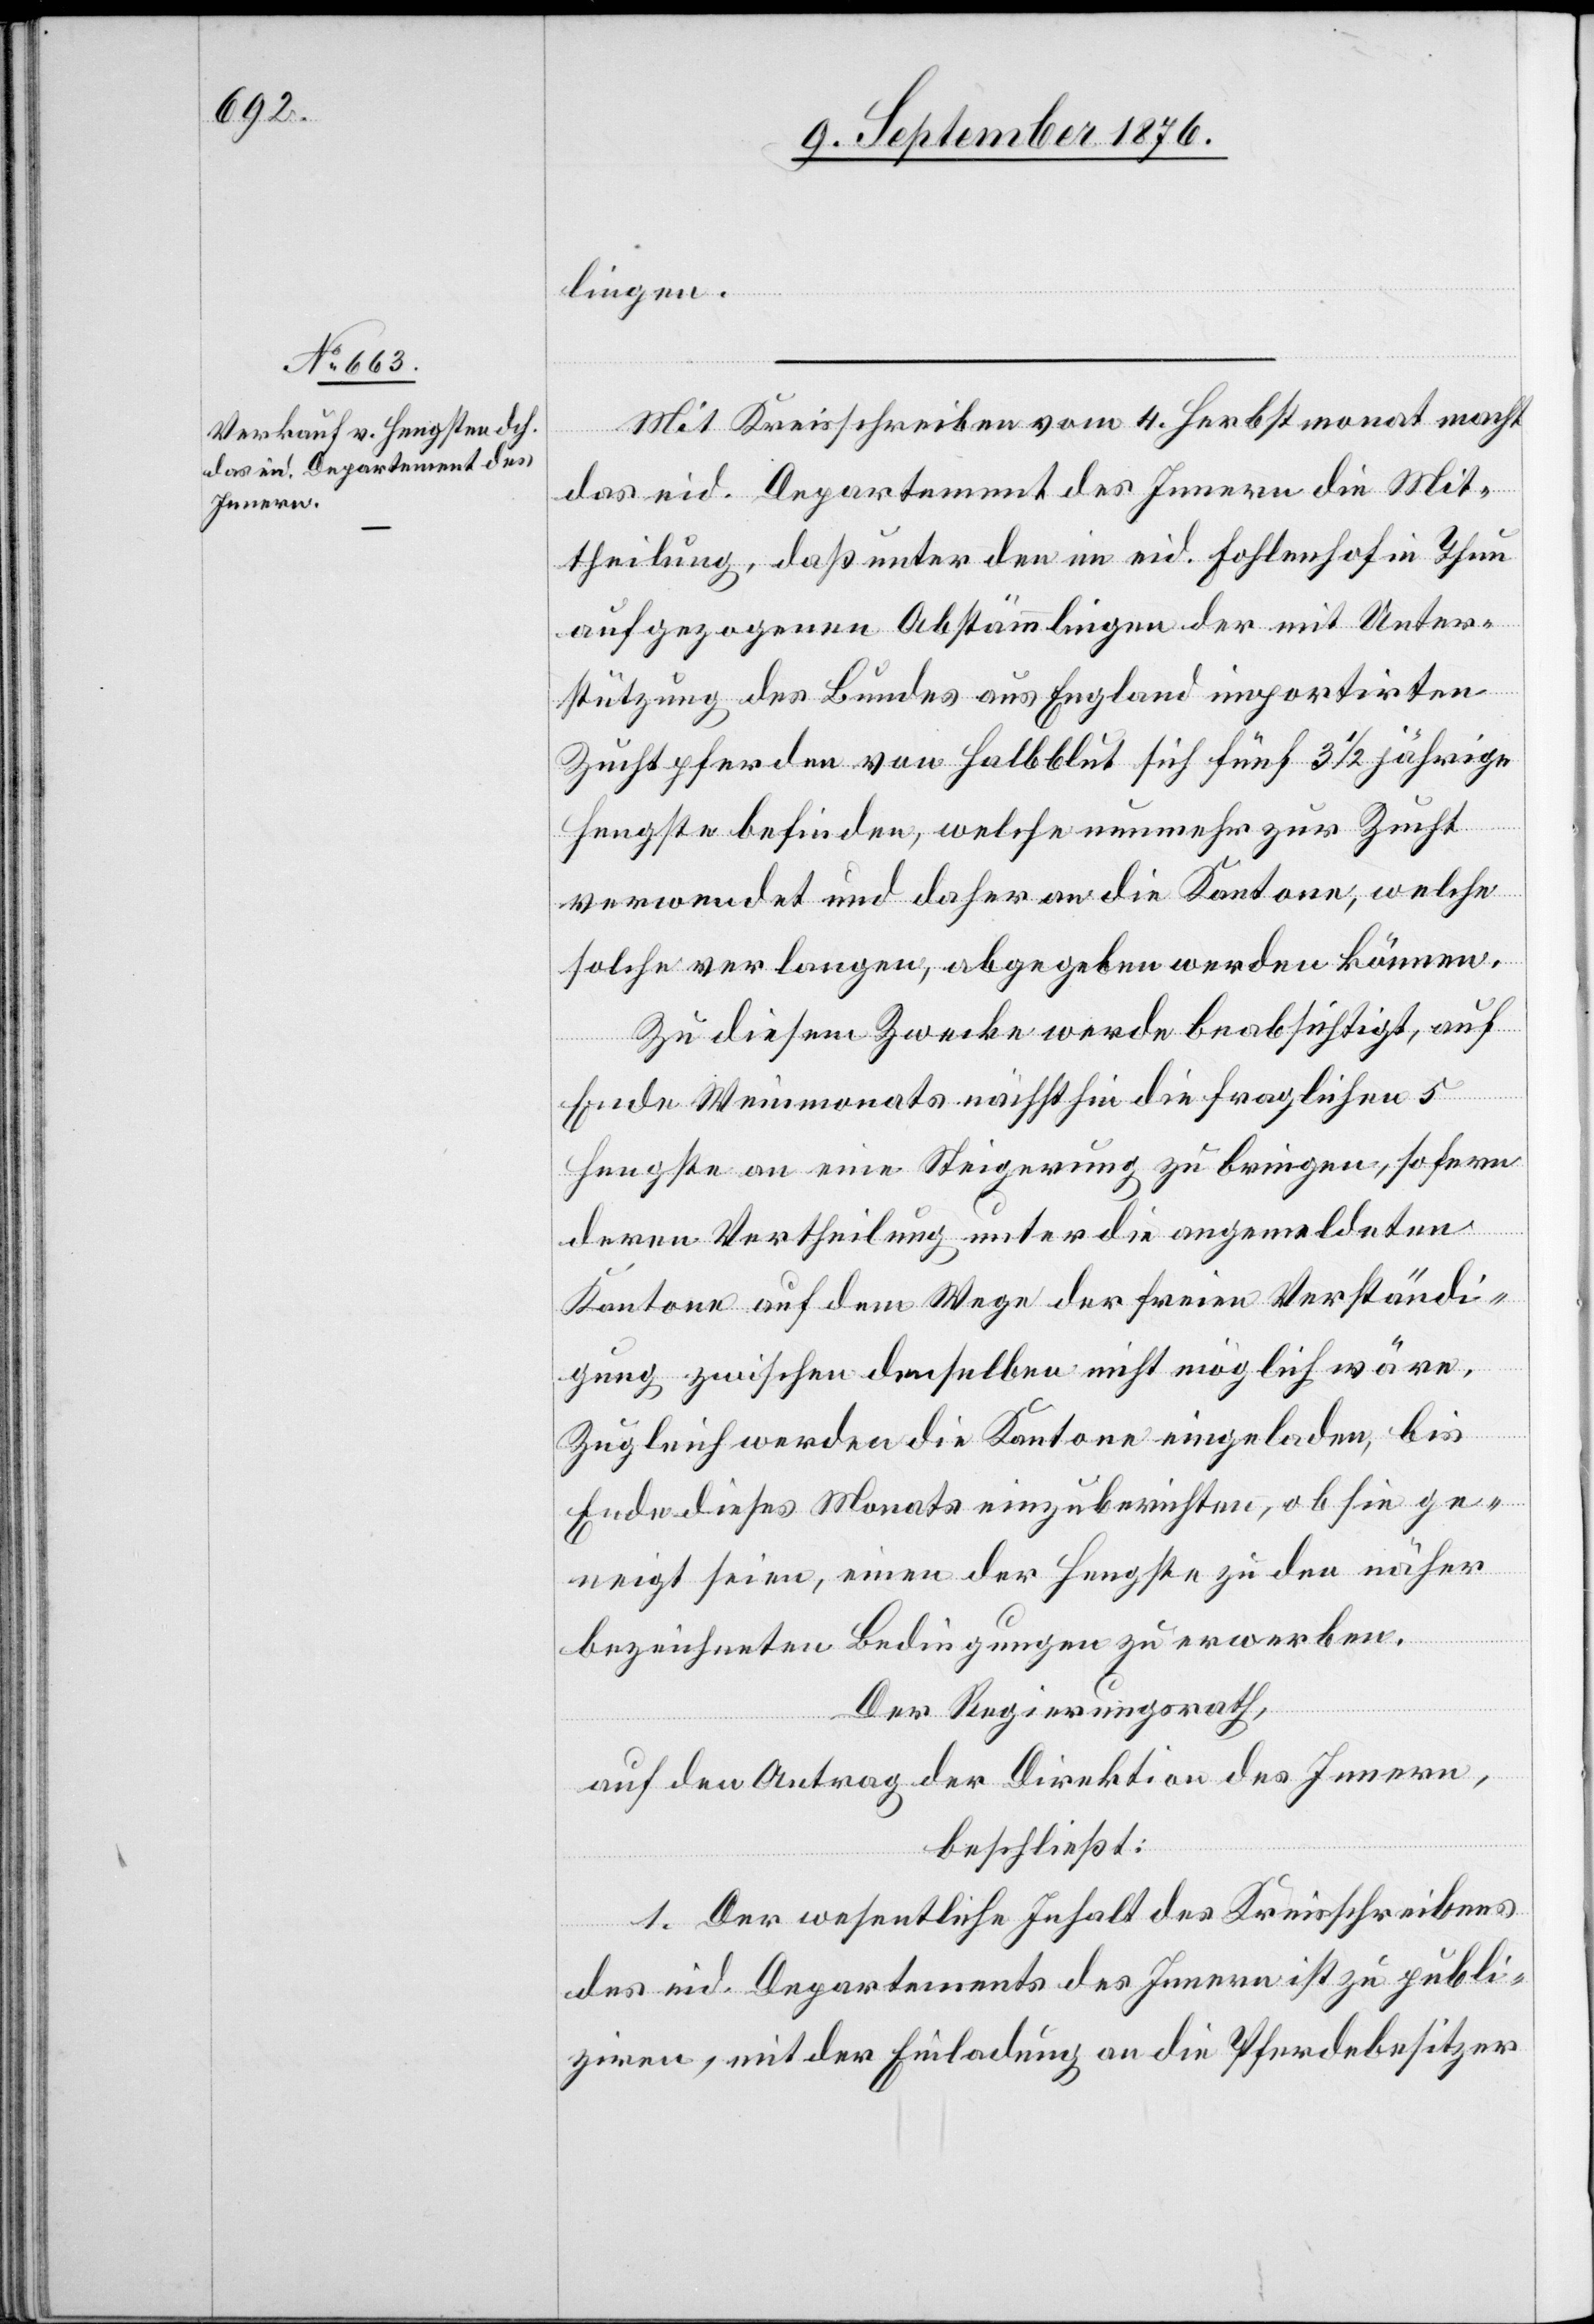
lingen.
Mit Kreisschreiben vom 4. Herbstmonat macht
das eid. Departement des Innern die Mit¬
theilung, daß unter den im eid. Fohlenhof in Thun
aufgezogenen Abstämmlingen der mit Unter¬
stützung des Bundes aus England importirten
Zuchtpferden von Halbblut sich fünf 3 1/2 jährige
Hengste befinden, welche nunmehr zur Zucht
verwendet und daher an die Kantone, welche
solche verlangen, abgegeben werden können.
Zu diesem Zwecke werde beabsichtig, auf
Ende Weinmonats nächsthin die fraglichen 5
Hengste an eine Steigerung zu bringen, sofern
deren Vertheilung unter die angemeldeten
Kantone auf dem Wege der freien Verständi¬
gung zwischen denselben nicht möglich wäre.
Zugleich werden die Kantone eingeladen, bis
Ende dieses Monats einzuberichten, ob sie ge¬
neigt seien, einen der Hengste zu den näher
bezeichneten Bedingungen zu erwerben.
Der Regierungsrath,
auf den Antrag der Direktion des Innern,
beschließt:
1. Der wesentliche Inhalt des Kreisschreibens
des eid. Departement des Innern ist zu publi¬
ziren, mit der Einladung an die Pferdebesitzer